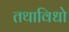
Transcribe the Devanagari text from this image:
तथाविधो